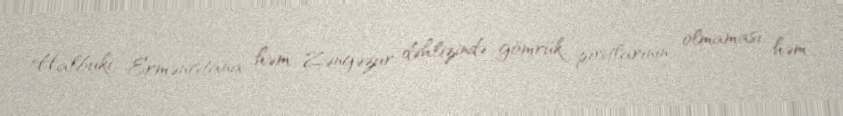
Halbuki, Ermənistana həm Zəngəzur dəhlizində gömrük postlarının olmaması, həm